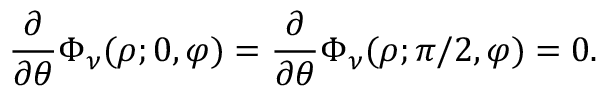
\frac { \partial } { \partial \theta } \Phi _ { \nu } ( \rho ; 0 , \varphi ) = \frac { \partial } { \partial \theta } \Phi _ { \nu } ( \rho ; \pi / 2 , \varphi ) = 0 .